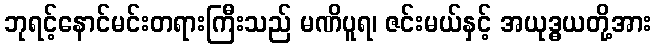
ဘုရင့်နောင်မင်းတရားကြီးသည် မဏိပူရ၊ ဇင်းမယ်နှင့် အယုဒ္ဓယတို့အား